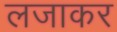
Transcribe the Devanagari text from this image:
लजाकर